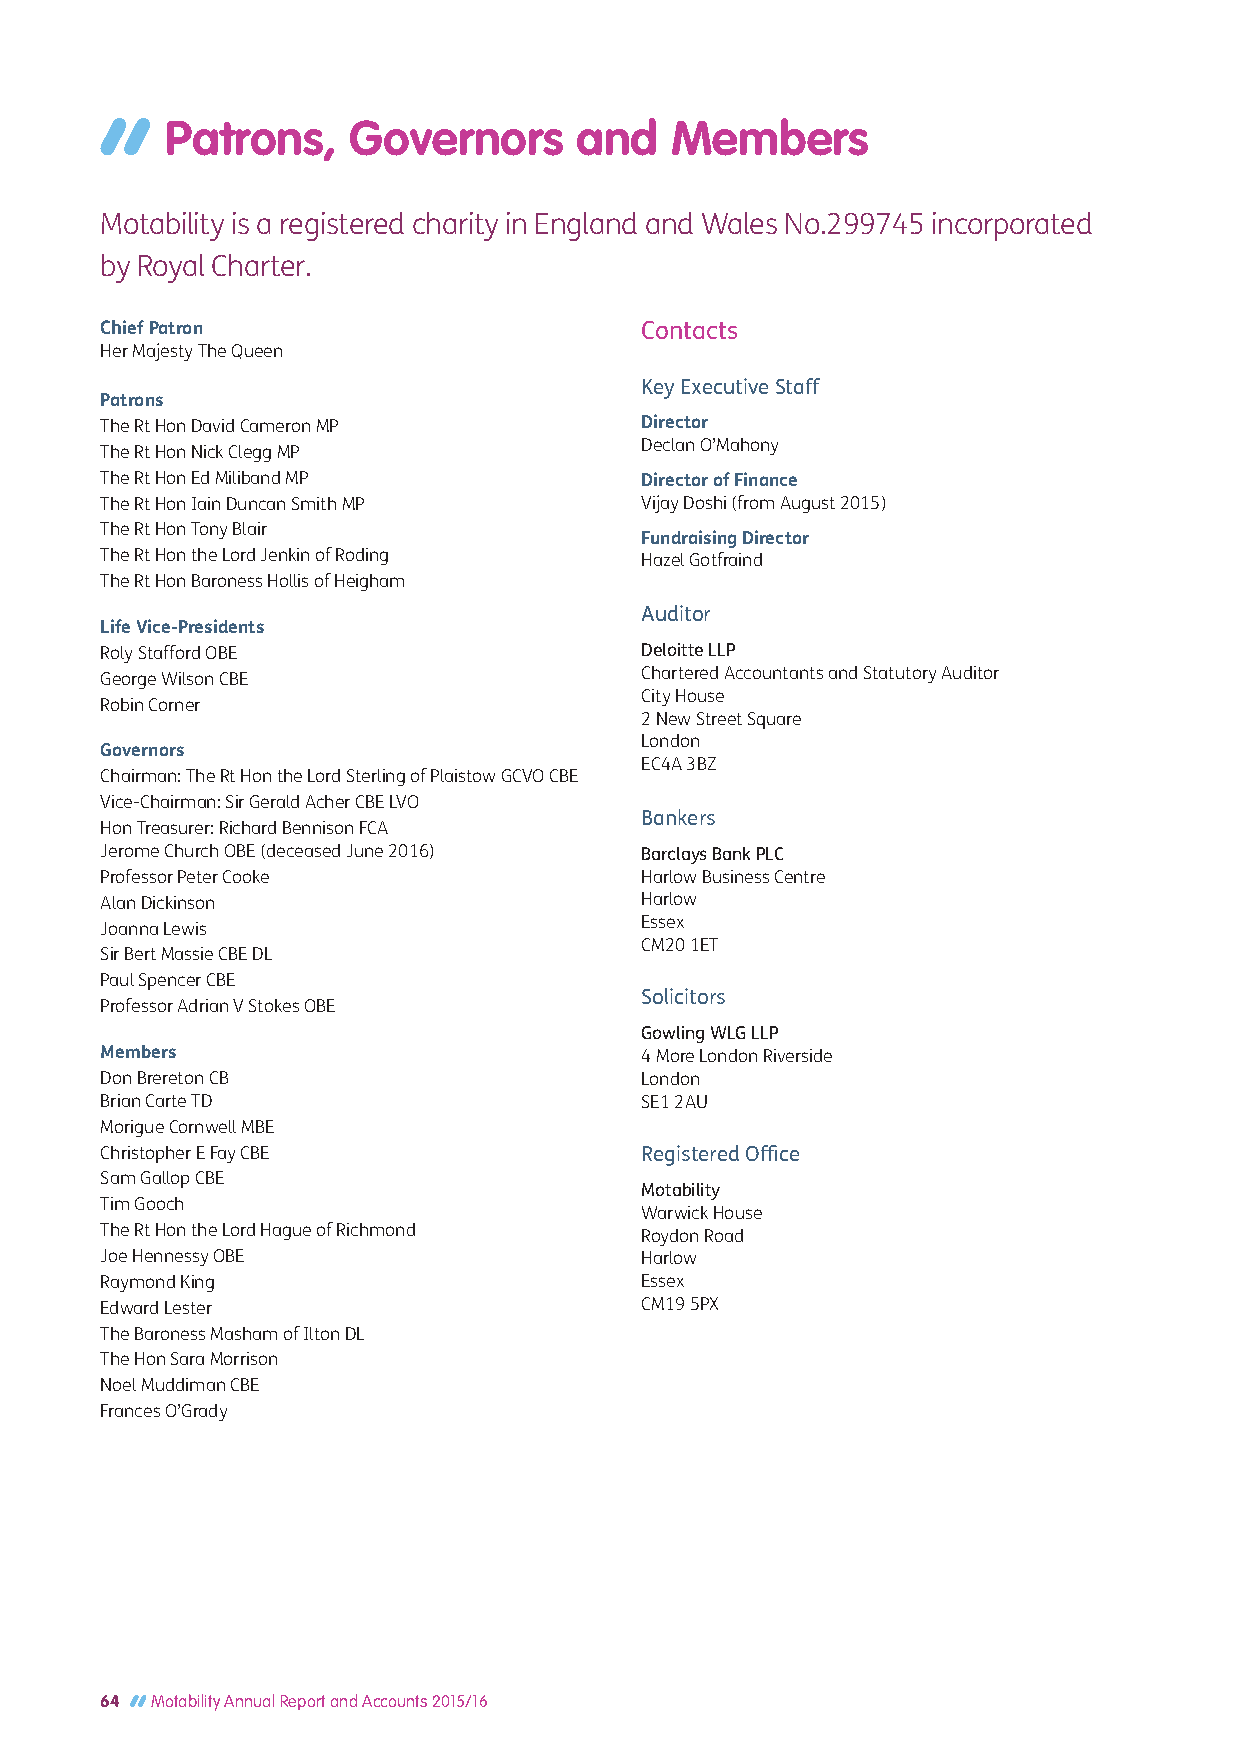
Patrons,    Governors      and   Members
 Motability is a registered charity in England and Wales No.299745 incorporated
 by Royal Charter.
 Chief Patron                       Contacts
 Her Majesty The Queen
 Key Executive Staff
 Patrons
 The Rt Hon David Cameron MP        Director
 Declan O’Mahony
 The Rt Hon Nick Clegg MP
 The Rt Hon Ed Miliband MP          Director of Finance
 The Rt Hon Iain Duncan Smith MP    Vijay Doshi (from August 2015)
 The Rt Hon Tony Blair
 Fundraising Director
 The Rt Hon the Lord Jenkin of Roding Hazel Gotfraind
 The Rt Hon Baroness Hollis of Heigham
 Auditor
 Life Vice-Presidents
 Roly Stafford OBE                  Deloitte LLP
 George Wilson CBE                  Chartered Accountants and Statutory Auditor
 City House
 Robin Corner
 2 New Street Square
 London
 Governors
 EC4A 3BZ
 Chairman: The Rt Hon the Lord Sterling of Plaistow GCVO CBE
 Vice-Chairman: Sir Gerald Acher CBE LVO
 Bankers
 Hon Treasurer: Richard Bennison FCA
 Jerome Church OBE (deceased June 2016) Barclays Bank PLC
 Professor Peter Cooke              Harlow Business Centre
 Alan Dickinson                     Harlow
 Joanna Lewis                       Essex
 CM20 1ET
 Sir Bert Massie CBE DL
 Paul Spencer CBE
 Solicitors
 Professor Adrian V Stokes OBE
 Gowling WLG LLP
 Members                            4 More London Riverside
 Don Brereton CB                    London
 Brian Carte TD                     SE1 2AU
 Morigue Cornwell MBE
 Christopher E Fay CBE              Registered Office
 Sam Gallop CBE
 Motability
 Tim Gooch
 Warwick House
 The Rt Hon the Lord Hague of Richmond Roydon Road
 Joe Hennessy OBE                   Harlow
 Raymond King                       Essex
 Edward Lester                      CM19 5PX
 The Baroness Masham of Ilton DL
 The Hon Sara Morrison
 Noel Muddiman CBE
 Frances O’Grady
 64 Motability Annual Report and Accounts 2015/16